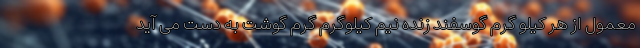
معمول از هر کیلو گرم گوسفند زنده نیم کیلوگرم گرم گوشت به دست می آید